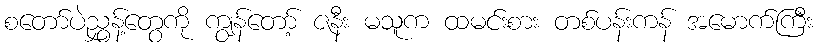
စတော်ပဲညွှန့်တွေကို ကျွန်တော့် ဇနီး မသူက ထမင်းစား တစ်ပန်းကန် အမောက်ကြီး